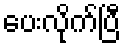
ပေးလိုက်ပြီ